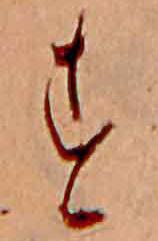
す